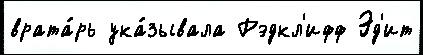
врата́рь ука́зывала Рэдкл'ифф Эд'ит